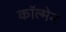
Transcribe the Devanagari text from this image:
काॅल्मेन